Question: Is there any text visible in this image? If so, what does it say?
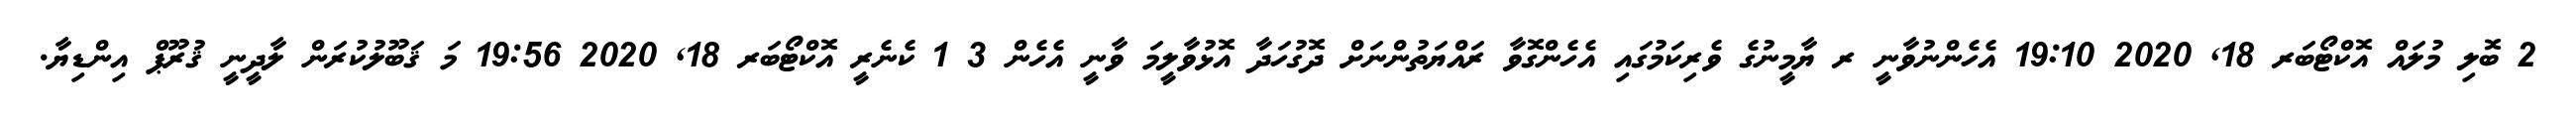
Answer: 2 ބޮލި މުލައް އޮކްޓޯބަރ 18, 2020 19:10 އެހެންނުވާނީ ރ ޔާމީނުގެ ވެރިކަމުގައި އެހެންގޮވާ ރައްޔަތުންނަށް ދޮގުހަދާ އޮޅުވާލީމަ ވާނީ އެހެން 3 1 ކެނެރީ އޮކްޓޯބަރ 18, 2020 19:56 މަ ޤަބޫލުކުރަން ލާދީނީ ޤުރޫޕް އިންޑިޔާ.